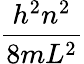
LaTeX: \frac{h^{2}n^{2}}{8mL^{2}}